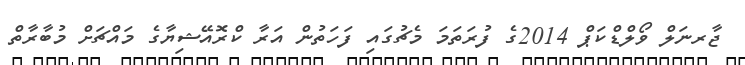
ޖާރނަލް ވޯލްޑްކަޕް 2014ގެ ފުރަތަމަ މެޗުގައި ފަހަތުން އަރާ ކްރޮއޭޝިޔާގެ މައްޗަށް މުބާރާތް